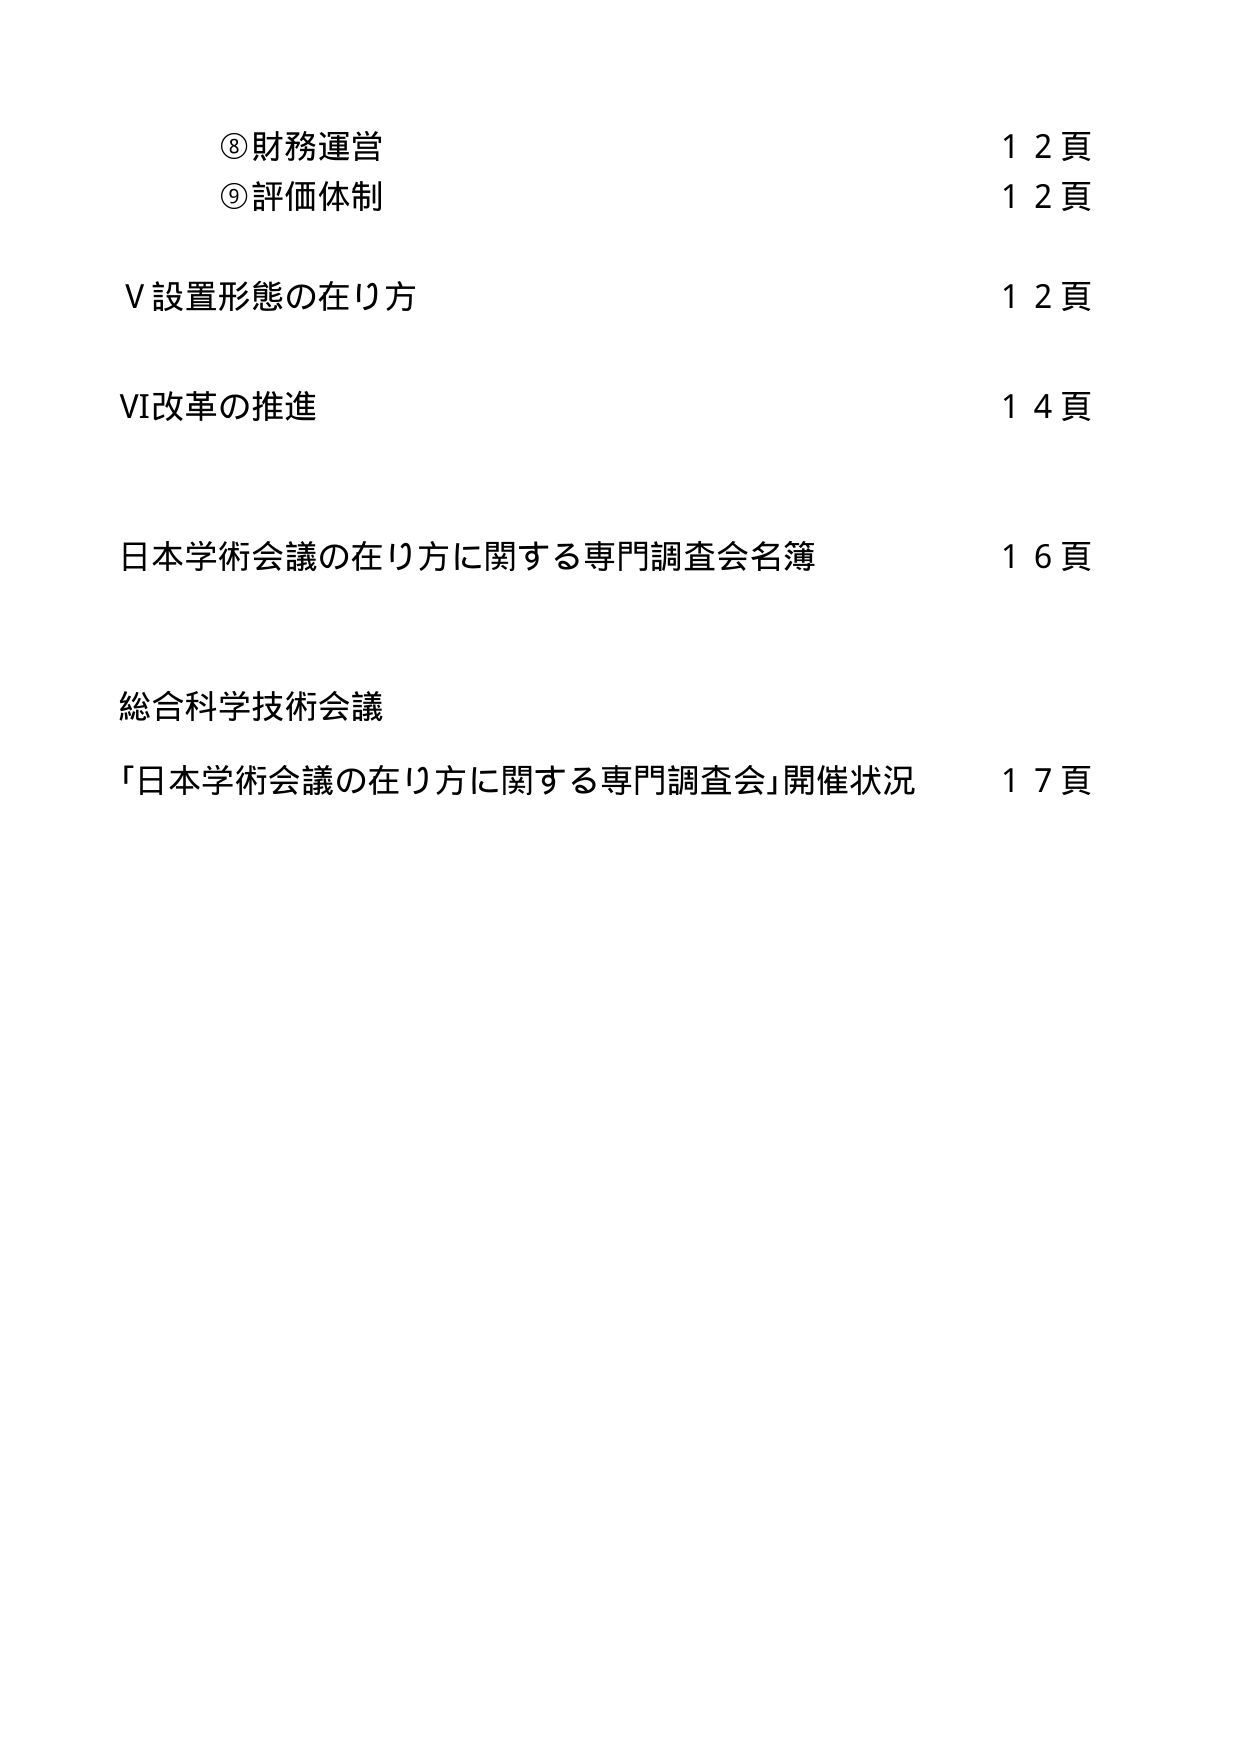
⑧財務運営　　　　　　　　　　　　　　　　　　　１２頁
⑨評価体制　　　　　　　　　　　　　　　　　　　１２頁
Ｖ設置形態の在り方　　　　　　　　　　　　　　　１２頁
ＶＩ改革の推進　　　　　　　　　　　　　　　　　１４頁
日本学術会議の在り方に関する専門調査会名簿　　　１６頁
総合科学技術会議
「日本学術会議の在り方に関する専門調査会」開催状況　１７頁